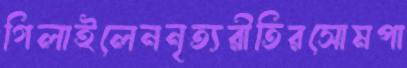
গিলাইলেননৃত্যরীতিরসোমপা